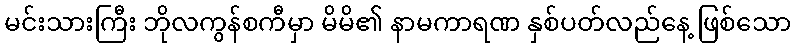
မင်းသားကြီး ဘိုလကွန်စကီမှာ မိမိ၏ နာမကာရဏ နှစ်ပတ်လည်နေ့ ဖြစ်သော